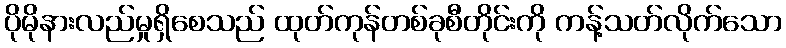
ပိုမိုနားလည်မှုရှိစေသည် ထုတ်ကုန်တစ်ခုစီတိုင်းကို ကန့်သတ်လိုက်သော